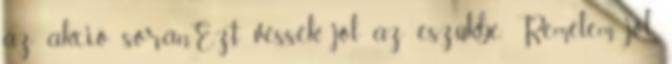
az akció során.Ezt véssék jól az eszükbe. Remélem jól